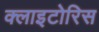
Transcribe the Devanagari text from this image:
क्लाइटोरिस